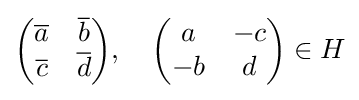
{\begin{pmatrix}{\overline {a}}&{\overline {b}}\\{\overline {c}}&{\overline {d}}\end{pmatrix}},\quad {\begin{pmatrix}a&-c\\-b&d\end{pmatrix}}\in H